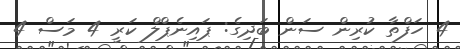
4 ހަފްތާ ކުރިން ސަން ބަދިގެ: ޕައިނެޕްލް ކަރީ 4 މަސް 4